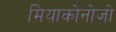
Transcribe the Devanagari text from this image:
मियाकोनोजो